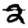
Digit: 2